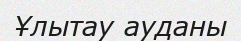
Ұлытау ауданы